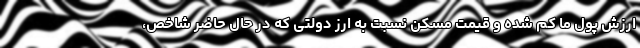
ارزش پول ما کم شده و قیمت مسکن نسبت به ارز دولتی که در حال حاضر شاخص،